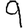
Digit: 9